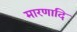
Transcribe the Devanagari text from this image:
मारणादि